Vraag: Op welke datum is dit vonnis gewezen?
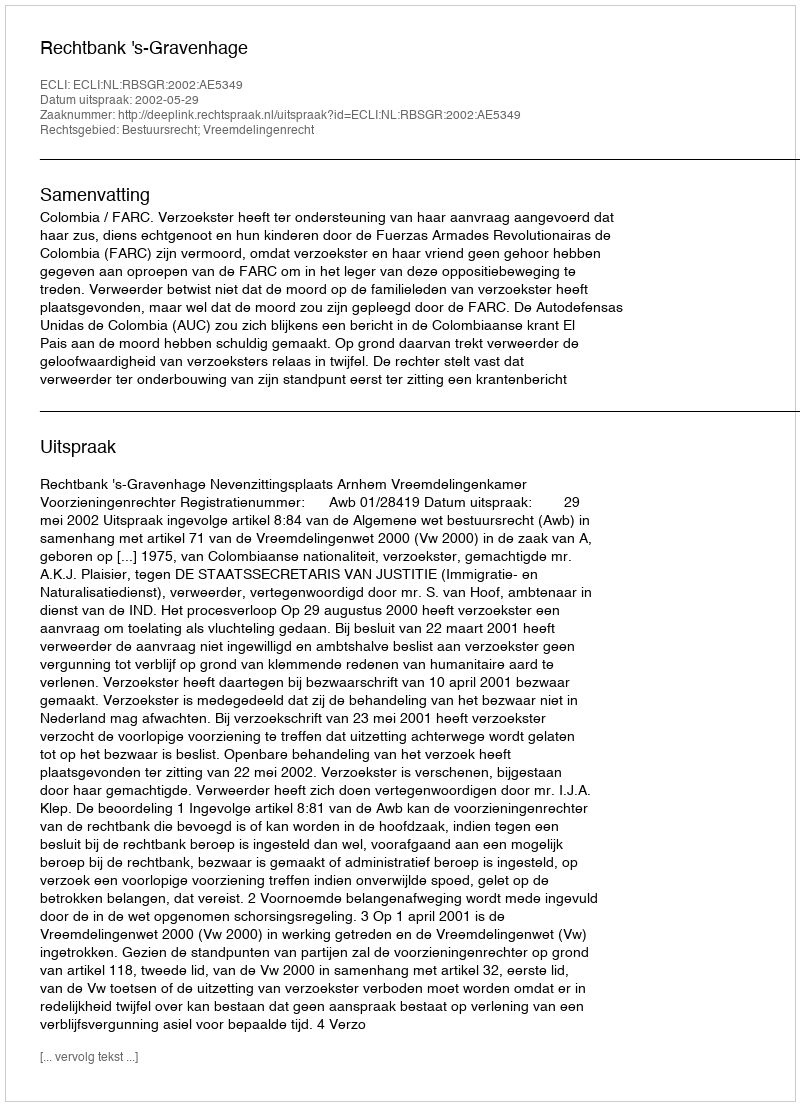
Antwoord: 2002-05-29